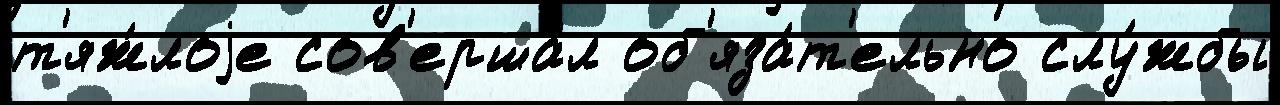
т'яж́лоjе сов'ерша́л об'яза́т'ельно слу́жбы